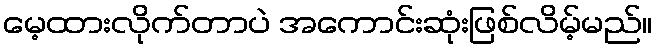
မေ့ထားလိုက်တာပဲ အကောင်းဆုံးဖြစ်လိမ့်မည်။